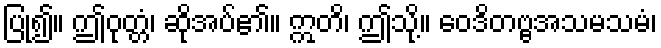
ပြု၍။ ဤဝုတ္တံ၊ ဆိုအပ်၏။ ဣတိ၊ ဤသို့။ ဝေဒိတဗ္ဗအသမသမံ၊